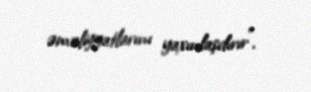
əməliyyatlarını yaxınlaşdırır”.